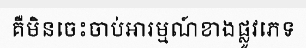
គឺមិនចេះចាប់អារម្មណ៍ខាងផ្លូវភេទ